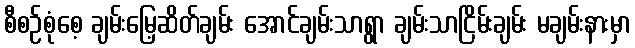
စီစဉ်စုံစေ့ ချမ်းမြေ့ဆိတ်ချမ်း အောင်ချမ်းသာရွာ ချမ်းသာငြိမ်းချမ်း မချမ်းနားမှာ